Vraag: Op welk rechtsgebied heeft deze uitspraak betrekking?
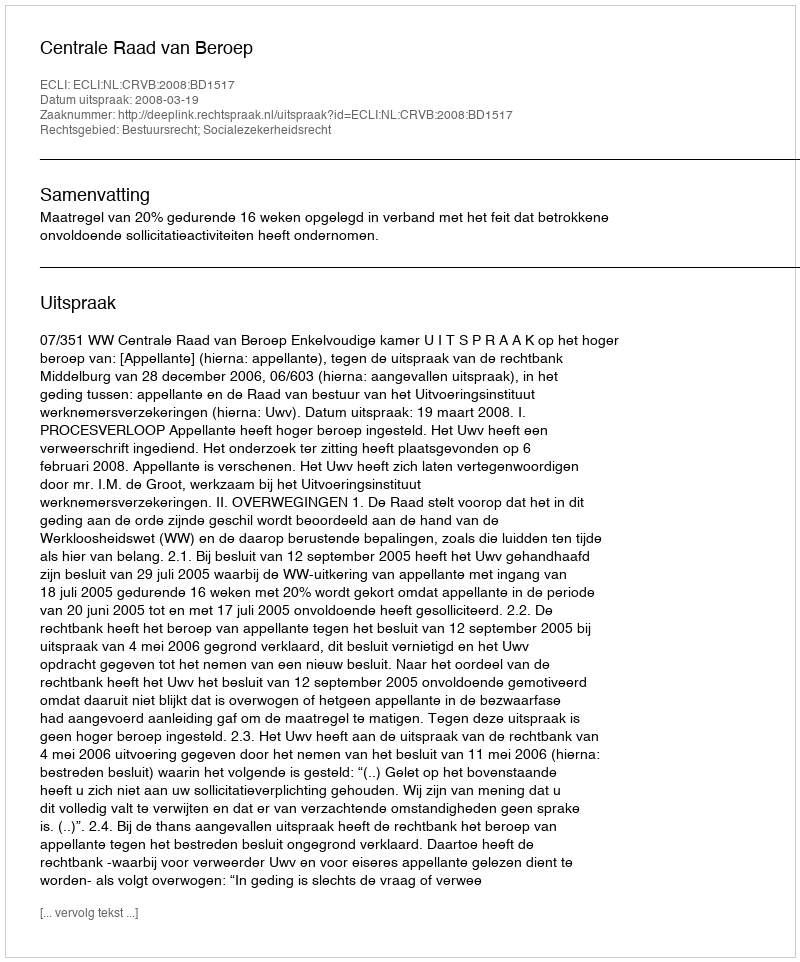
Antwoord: Bestuursrecht; Socialezekerheidsrecht